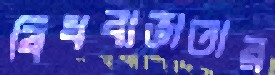
বিধবাভাতার